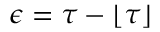
\epsilon = \tau - \lfloor \tau \rfloor